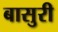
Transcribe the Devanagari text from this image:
बासुरी